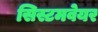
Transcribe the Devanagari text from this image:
सिस्टमवेयर